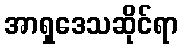
အာရှဒေသဆိုင်ရာ